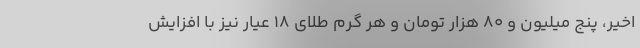
اخیر، پنج میلیون و ۸۰ هزار تومان و هر گرم طلای ۱۸ عیار نیز با افزایش